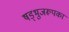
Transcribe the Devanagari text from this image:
षड्भुजरूपका